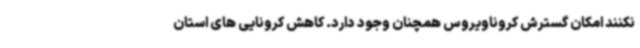
نکنند امکان گسترش کروناویروس همچنان وجود دارد. کاهش کرونایی های استان